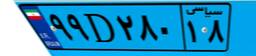
۹۹D۲۸۰۱۸